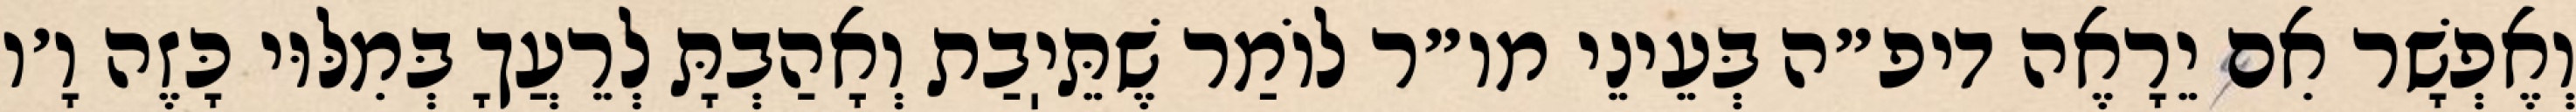
וְאֶפְשָׁר אִם יֵרָאֶה דיפ״ה בְּעֵינֵי מו״ר לוֹמַר שֶׁתֵּיֽבַת וְאָהַבְתָּ לְרֵעֲךָ בְּמִלּוּי כָּזֶה וָ׳ו